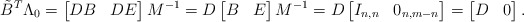
\begin{align*}\tilde{B}^T\Lambda_0=\left[\begin{matrix}DB&DE\\\end{matrix}\right]M^{-1}=D\left[\begin{matrix}B&E\\\end{matrix}\right]M^{-1}=D\left[\begin{matrix}I_{n,n}&0_{n,m-n}\\\end{matrix}\right]=\left[\begin{matrix}D&0\end{matrix}\right].\end{align*}